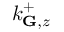
k _ { \mathbf { G } , z } ^ { + }